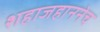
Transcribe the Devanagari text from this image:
शहाजहाननेच